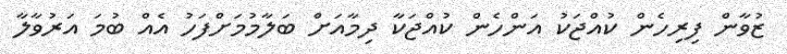
ޒުވާން ފިރިހެން ކުއްޖަކު އަންހެން ކުއްޖަކާ ދިމާއަށް ބަލާމުމަށްފަހު އެއް ބުމަ އަރުވާލާ